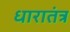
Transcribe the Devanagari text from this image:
धारातंत्र